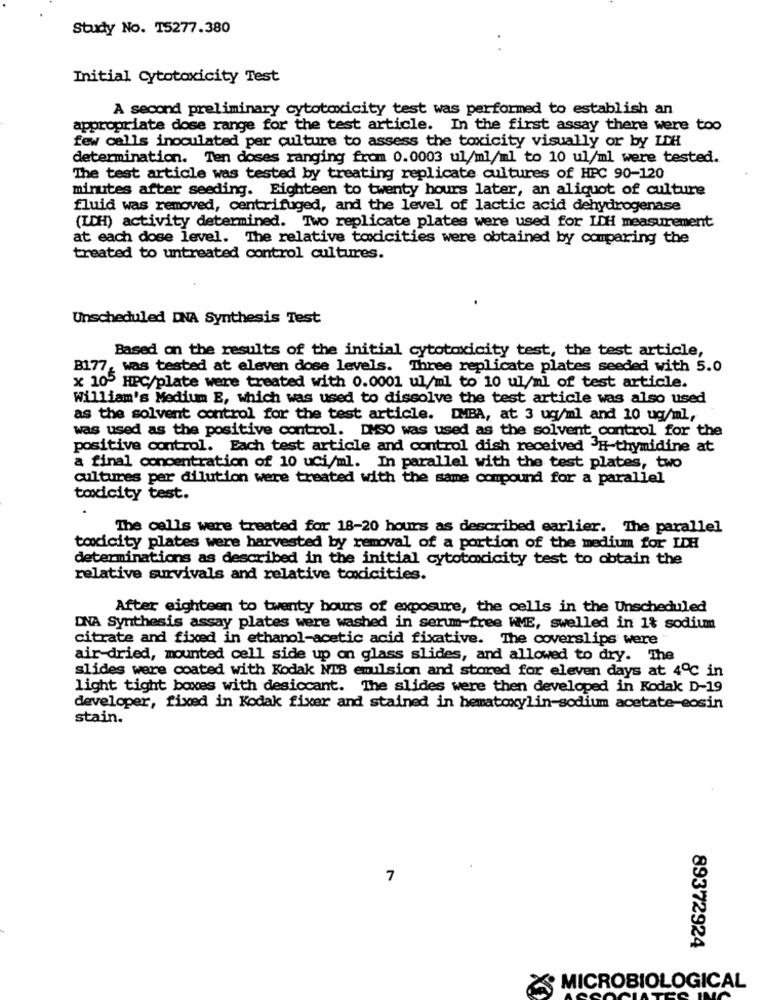
Study No. 15277.380
Initial Cytotoxicity Test
A second preliminary cytotoxicity test was performed to establish an
appropriate dose range for the test article. In the first assay there were too
few cells inoculated per culture to assess the toxicity visually or by ICH
determination. Ten doses ranging from 0.0003 ul/ml/ml to 10 ul/ml were tested.
The test article was tested by treating replicate cultures of HPC 90-120
minutes after seeding. Eighteen to twenty hours later, an aliquot of culture
fluid was removed, centrifuged, and the level of lactic acid dehydrogenase
(ICH) activity determined. Two replicate plates were used for ICH measurement
at each dose level. The relative toxicities were obtained by comparing the
treated to untreated control cultures.
Unscheduled DNA Synthesis Test
Based on the results of the initial cytotoxicity test, the test article,
B177, was tested at eleven dose levels. Three replicate plates seeded with 5.0
x 105 HPC/plate were treated with 0.0001 ul/ml to 10 ul/ml of test article.
William's Medium E, which was used to dissolve the test article was also used
as the solvent control for the test article. DMBA, at 3 ug/ml and 10 ug/ml,
was used as the positive control. DMSO was used as the solvent control for the
positive control. Each test article and control dish received 3H-thymidine at
a final concentration of 10 uci/ml. In parallel with the test plates, two
cultures per dilution were treated with the same compound for a parallel
toxicity test.
The cells were treated for 18-20 hours as described earlier. The parallel
toxicity plates were harvested by removal of a portion of the medium for LDH
determinations as described in the initial cytotoxicity test to obtain the
relative survivals and relative toxicities.
After eighteen to twenty hours of exposure, the cells in the Unscheduled
DNA Synthesis assay plates were washed in serum-free WME, swelled in 1% sodium
citrate and fixed in ethanol-acetic acid fixative. The coverslips were
air-dried, mounted cell side up on glass slides, and allowed to dry. The
slides were coated with Kodak NIB emulsion and stored for eleven days at 4℃ in
light tight boxes with desiccant. The slides were then developed in Kodak D-19
developer, fixed in Kodak fixer and stained in hematoxylin-sodiumm acetate-eosin
stain.
7
89372924
MICROBIOLOGICAL